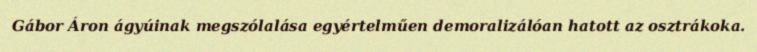
Gábor Áron ágyúinak megszólalása egyértelműen demoralizálóan hatott az osztrákoka.